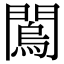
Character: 𨶇